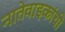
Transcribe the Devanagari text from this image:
नातेवाइकांची